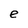
Character: e